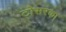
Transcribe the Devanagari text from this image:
टोसरका